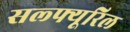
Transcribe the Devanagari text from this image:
सल्फ्यूरिल